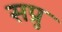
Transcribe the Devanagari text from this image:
सप्रु